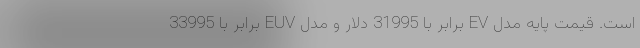
است. قیمت پایه مدل EV برابر با 31995 دلار و مدل EUV برابر با 33995